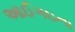
આઈગઇના